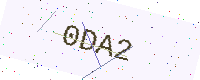
Text: 0DA2